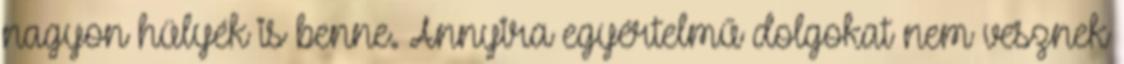
nagyon hülyék is benne. Annyira egyértelmű dolgokat nem vesznek